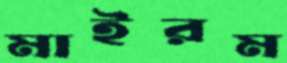
মাইরম